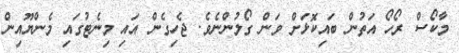
މާކޯސް ރޯހޯ އަތުން ބައިކޮޅަށް ވަން ގޯލުންނެވެ. ޖެހިގެން އައި މިނެޓުގައި މެންޔޫއިން